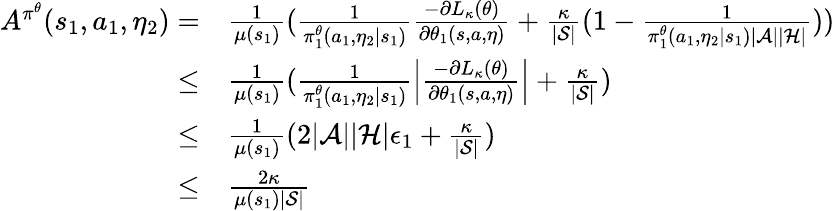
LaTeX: \begin{array}{rl}{A^{\pi^{\theta}}(s_{1},a_{1},\eta_{2})=}&{\frac{1}{\mu(s_{1})}(\frac{1}{\pi_{1}^{\theta}(a_{1},\eta_{2}|s_{1})}\frac{-\partial L_{\kappa}(\theta)}{\partial\theta_{1}(s,a,\eta)}+\frac{\kappa}{|\mathcal{S}|}(1-\frac{1}{\pi_{1}^{\theta}(a_{1},\eta_{2}|s_{1})|\mathcal{A}||\mathcal{H}|}))}\\ {\le}&{\frac{1}{\mu(s_{1})}(\frac{1}{\pi_{1}^{\theta}(a_{1},\eta_{2}|s_{1})}\left|\frac{-\partial L_{\kappa}(\theta)}{\partial\theta_{1}(s,a,\eta)}\right|+\frac{\kappa}{|\mathcal{S}|})}\\ {\le}&{\frac{1}{\mu(s_{1})}(2|\mathcal{A}||\mathcal{H}|\epsilon_{1}+\frac{\kappa}{|\mathcal{S}|})}\\ {\le}&{\frac{2\kappa}{\mu(s_{1})|\mathcal{S}|}}\end{array}